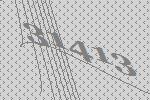
31413